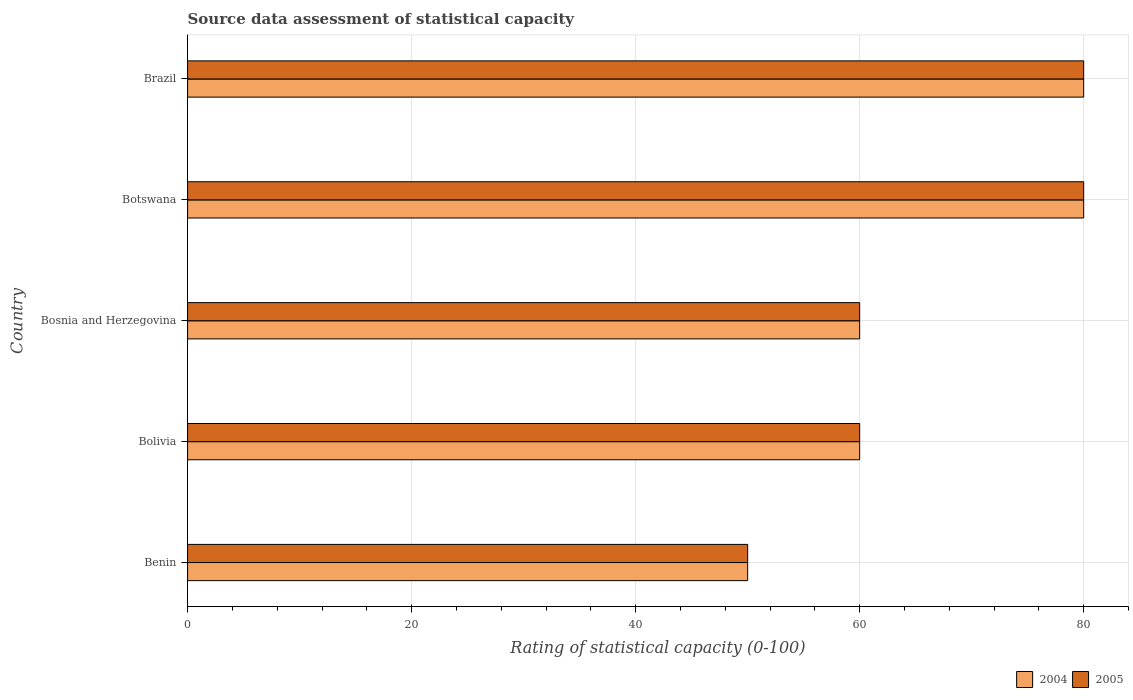
| Country | 2004 | 2005 |
 | --- | --- | --- |
 | Benin | 50 | 50 |
 | Bolivia | 60 | 60 |
 | Bosnia and Herzegovina | 60 | 60 |
 | Botswana | 80 | 80 |
 | Brazil | 80 | 80 |